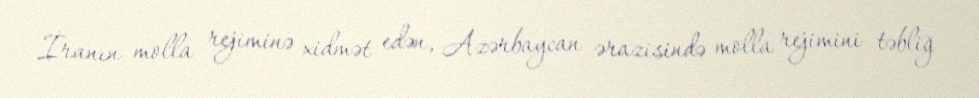
İranın molla rejiminə xidmət edən, Azərbaycan ərazisində molla rejimini təbliğ